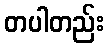
တပါတည်း